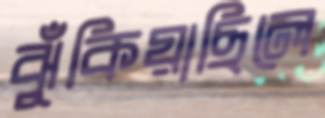
ঝুঁকিয়াছিলে